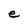
Character: e